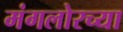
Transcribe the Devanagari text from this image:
मंगलोरच्या